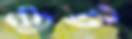
গুট